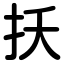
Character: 扷